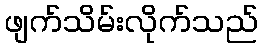
ဖျက်သိမ်းလိုက်သည်